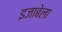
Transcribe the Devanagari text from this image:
इजाबेला